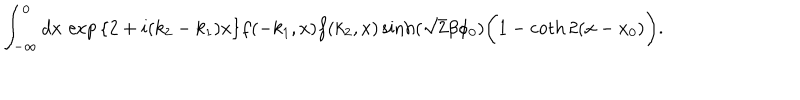
LaTeX: \int _ { - \infty } ^ { 0 } d x \, \exp { \left\{ 2 + i ( k _ { 2 } - k _ { 1 } ) x \right\} } f ( - k _ { 1 } , x ) f ( k _ { 2 } , x ) \sinh ( \sqrt { 2 } \beta \phi _ { 0 } ) \biggl ( 1 - \coth 2 ( x - x _ { 0 } ) \biggr ) .